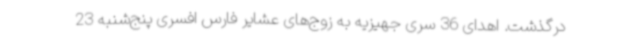
درگذشت. اهدای 36 سری جهیزیه به زوج‌های عشایر فارس افسری پنج‌شنبه 23